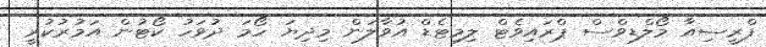
ފްރީސިއާ މޯލްޑިވްސް ޕްރައިވެޓް ލިމިޓެޑް އުވާލަން މިދިޔަ ހޯމަ ދުވަހު ކޯޓުން އަމުރުކުރީ